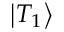
\left| T _ { 1 } \right>